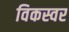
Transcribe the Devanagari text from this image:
विकस्वर